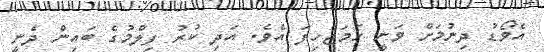
އެވޯޑު ދިނުމަށް ވަނީ ހަމަޖެހިފަ އެވެ. އަދި ކުރު ފިލްމުގެ ބައިން ދެނީ